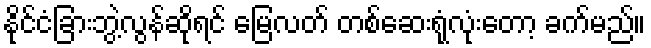
နိုင်ငံခြားဘွဲ့လွန်ဆိုရင် မြေလတ် တစ်ဆေးရုံလုံးတော့ ခက်မည်။